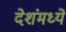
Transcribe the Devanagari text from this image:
देशंमध्ये